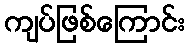
ကျပ်ဖြစ်ကြောင်း